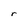
Character: r